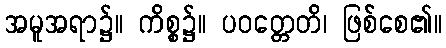
အမူအရာ၌။ ကိစ္စ၌။ ပဝတ္တေတိ၊ ဖြစ်စေ၏။